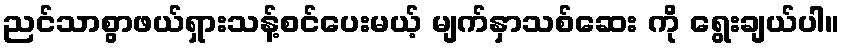
ညင်သာစွာဖယ်ရှားသန့်စင်ပေးမယ့် မျက်နှာသစ်ဆေး ကို ရွေးချယ်ပါ။